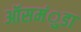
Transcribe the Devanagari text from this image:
ऑसमंुडा